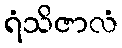
ရံသိဇာလံ